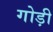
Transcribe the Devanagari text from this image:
गोड़ी